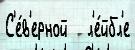
С'е́в'ерной   л'е́йбл'е